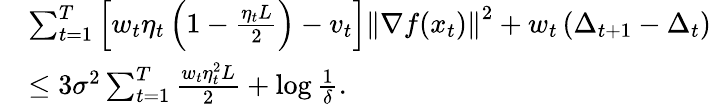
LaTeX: \begin{array}{rl}&{\sum_{t=1}^{T}\left[w_{t}\eta_{t}\left(1-\frac{\eta_{t}L}{2}\right)-v_{t}\right]\left\Vert\nabla f(x_{t})\right\Vert^{2}+w_{t}\left(\Delta_{t+1}-\Delta_{t}\right)}\\ &{\leq 3\sigma^{2}\sum_{t=1}^{T}\frac{w_{t}\eta_{t}^{2}L}{2}+\log\frac{1}{\delta}.}\end{array}